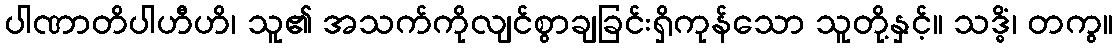
ပါဏာတိပါဟီဟိ၊ သူ၏ အသက်ကိုလျင်စွာချခြင်းရှိကုန်သော သူတို့နှင့်။ သဒ္ဓိံ၊ တကွ။